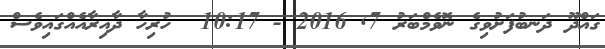
ގައްދޫ ދަނބުފަށުވިގެ ނޮވެމްބަރު 7